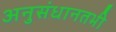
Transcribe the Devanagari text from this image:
अनुसंधानतभी